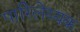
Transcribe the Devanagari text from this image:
पारिलेय्यक